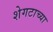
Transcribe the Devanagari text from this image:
शेगटाच्या